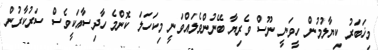
މިޚަބަރު ކިޔާލުމުން ހީވަނީ ނޫސް ވެރިޔާ ބޭނުންވެލައްވަނީ މިކަހަލަ ކޮންމެ ހާދިސާއަކީވެސް ސަރުކާރުން